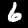
Digit: 6